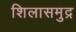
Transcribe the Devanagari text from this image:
शिलासमुद्र